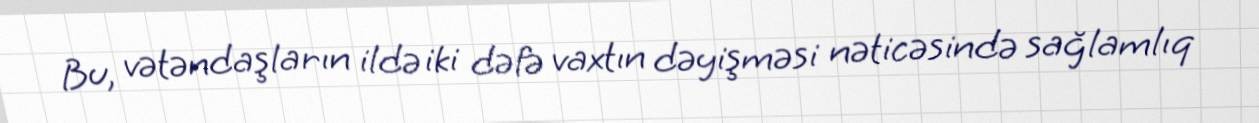
Bu, vətəndaşların ildə iki dəfə vaxtın dəyişməsi nəticəsində sağlamlıq